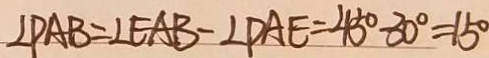
\angle P A B = \angle E A B - \angle P A E = 4 5 ^ { \circ } - 3 0 ^ { \circ } = 1 5 ^ { \circ }